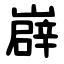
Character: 㠔